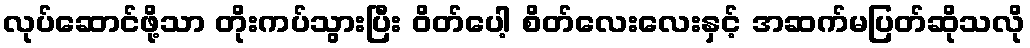
လုပ်ဆောင်ဖို့သာ တိုးကပ်သွားပြီး ဝိတ်ပေါ့ စိတ်လေးလေးနှင့် အဆက်မပြတ်ဆိုသလို